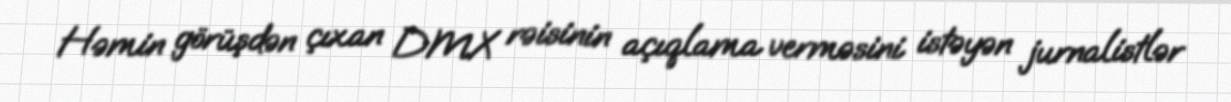
Həmin görüşdən çıxan DMX rəisinin açıqlama verməsini istəyən jurnalistlər